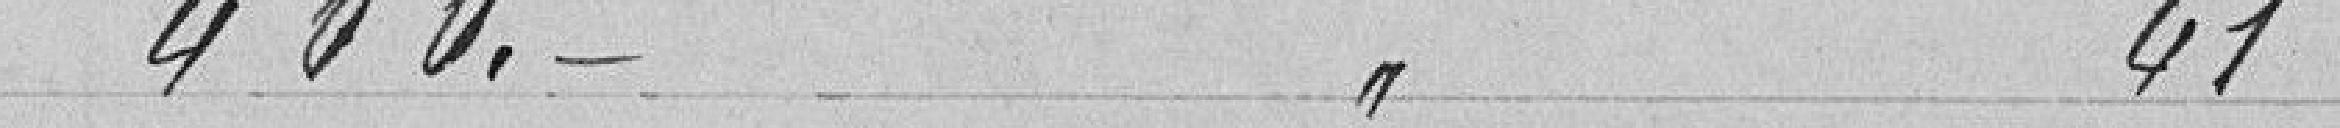
400 francs à l'article 41